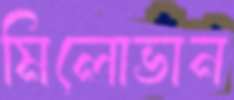
মিলোভান